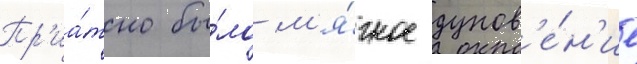
Пр'иа́тно бы́ло м'я́гкое дунов'е́н'ие